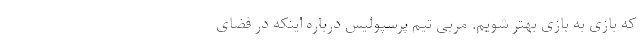
که بازی به بازی بهتر شویم. مربی تیم پرسپولیس درباره اینکه در فضای